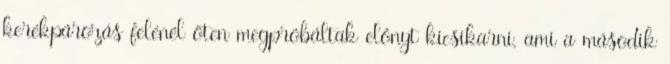
kerékpározás felénél öten megpróbáltak előnyt kicsikarni, ami a második